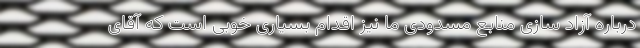
درباره آزاد سازی منابع مسدودی ما نیز اقدام بسیاری خوبی است که آقای